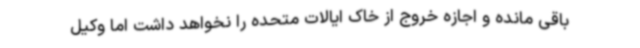
باقی مانده و اجازه خروج از خاک ایالات متحده را نخواهد داشت اما وکیل